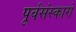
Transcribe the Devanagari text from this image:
पूर्वसंस्कारों